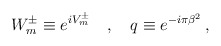
\begin{align*}W^\pm_m \equiv e^{iV^\pm_m} \quad ,\quad q \equiv e^{-i\pi \beta ^2} \, , \end{align*}